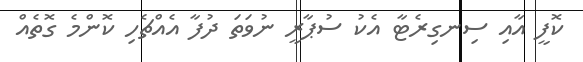
ކޮފީ އާއި ސިނގިރެޓާ އެކު ސުޕާރީ ނުވަތަ ދުފާ އެއްޗެހި ކޮންމެ ގޮތެއް